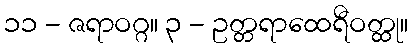
၁၁ - ဇရာဝဂ္ဂ။ ၃ - ဥတ္တရာထေရီဝတ္ထု။